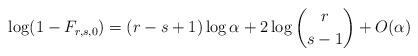
LaTeX: \begin{align*}\log(1-F_{r,s,0})= (r-s+1)\log \alpha + 2\log\binom{r}{s-1}+ O(\alpha)\end{align*}